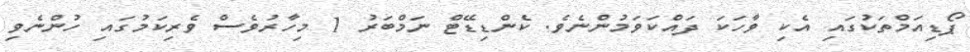
ޕޯޑިއަމްތަކުގައި އެކި ވާހަކަ ދައްކަވަމުންނެވެ. ކެންޑިޑޭޓް ނަމްބަރު 1 މިހާރުވެސް ވެރިކަމުގައި ހުންނެވި